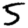
Digit: 5